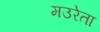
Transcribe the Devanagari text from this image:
मउरेता